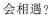
会相遇?